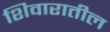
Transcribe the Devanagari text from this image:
शिवारातील